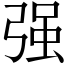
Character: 强